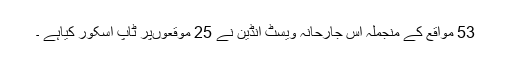
53 مواقع کے منجملہ اس جارحانہ ویسٹ انڈین نے 25 موقعوںپر ٹاپ اسکور کیاہے ۔